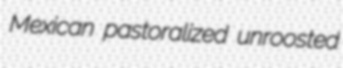
Mexican pastoralized unroosted